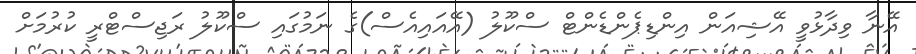
އޭނާ ވިދާޅުވީ އޭޝިއަން އިންޑިޕެންޑެންޓް ސްކޫލު (އޭއައިއެސް)ގެ ނަމުގައި ސްކޫލު ރަޖިސްޓްރީ ކުރުމަށް